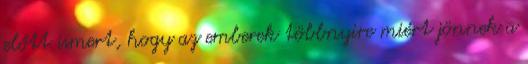
előtt ismert, hogy az emberek többnyire miért jönnek a